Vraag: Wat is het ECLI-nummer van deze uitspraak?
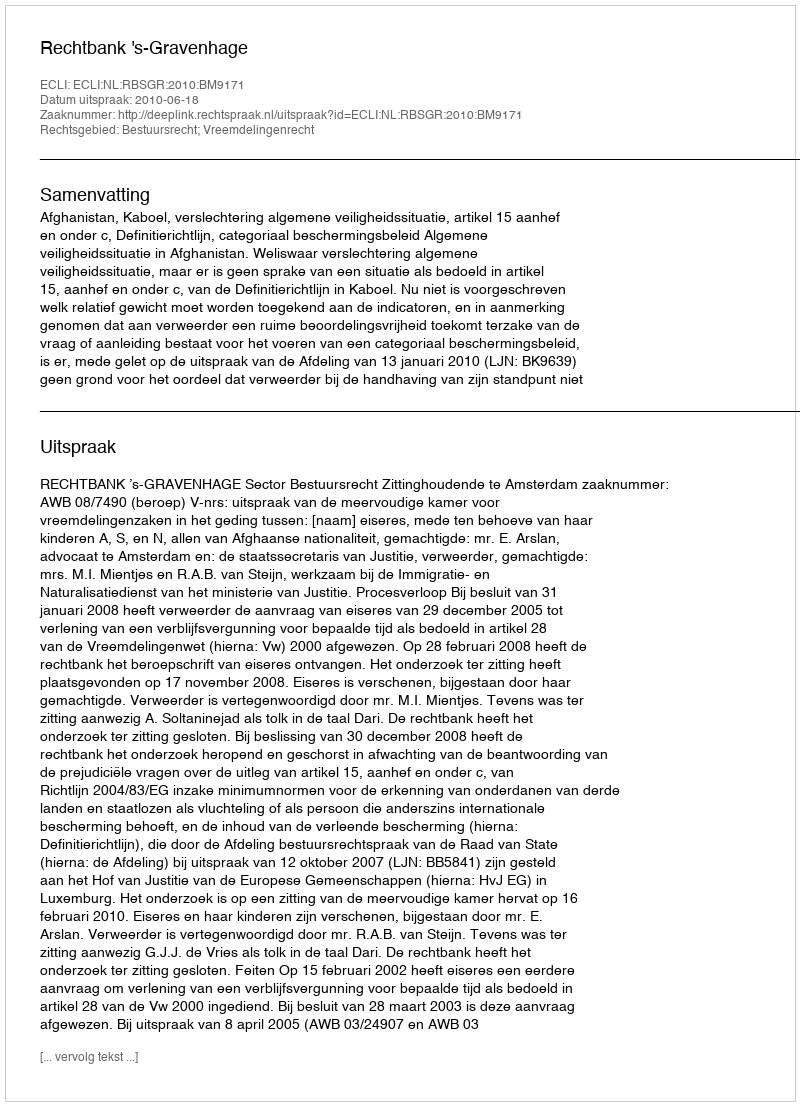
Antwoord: ECLI:NL:RBSGR:2010:BM9171